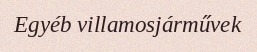
Egyéb villamosjárművek